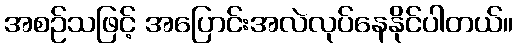
အစဉ်သဖြင့် အပြောင်းအလဲလုပ်နေနိုင်ပါတယ်။